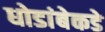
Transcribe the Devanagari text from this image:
धोडांबेकडे